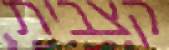
קצבית